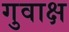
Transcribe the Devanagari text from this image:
गुवाक्ष